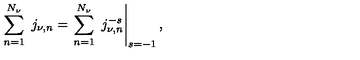
\sum _ { n = 1 } ^ { N _ { \nu } } \ j _ { \nu , n } = \left. \sum _ { n = 1 } ^ { N _ { \nu } } \ j _ { \nu , n } ^ { - s } \right| _ { s = - 1 } ,